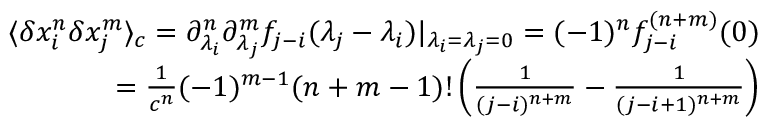
\begin{array} { r l r } & { } & { \langle \delta x _ { i } ^ { n } \delta x _ { j } ^ { m } \rangle _ { c } = \partial _ { \lambda _ { i } } ^ { n } \partial _ { \lambda _ { j } } ^ { m } f _ { j - i } ( \lambda _ { j } - \lambda _ { i } ) | _ { \lambda _ { i } = \lambda _ { j } = 0 } = ( - 1 ) ^ { n } f _ { j - i } ^ { ( n + m ) } ( 0 ) } \\ & { } & { = \frac { 1 } { c ^ { n } } ( - 1 ) ^ { m - 1 } ( n + m - 1 ) ! \left( \frac { 1 } { ( j - i ) ^ { n + m } } - \frac { 1 } { ( j - i + 1 ) ^ { n + m } } \right) } \end{array}